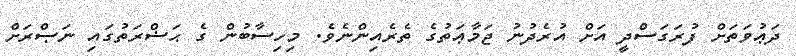
ދަޢުވަތަށް ފުރަގަސްދީ އަށް އުރެދުނު ޖަމާޢަތުގެ ތެރެއިންނެވެ. މިހިސާބުން ގެ ޙަޟްރަތުގައި ނަޞްރަށް